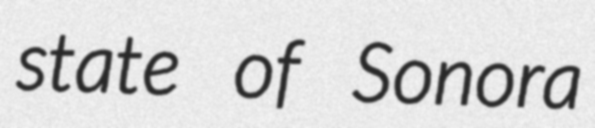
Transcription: state of Sonora